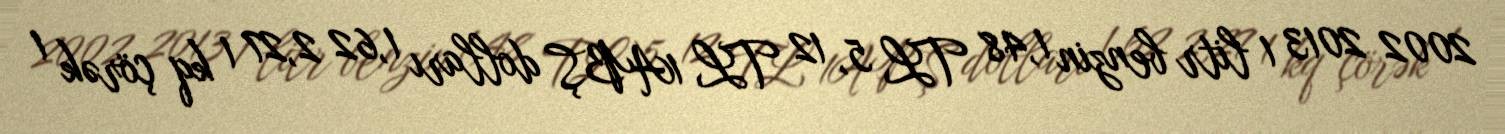
2002 2013 1 litr benzin 1,48 TL 5, 12 TL 1ABŞ dolları 1,62 2,27 1 kq çörək 1